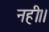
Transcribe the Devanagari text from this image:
नही।।